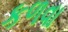
કળવા